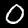
Digit: 0